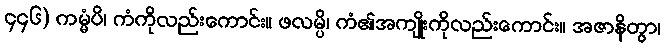
၄၄၆) ကမ္မံပိ၊ ကံကိုလည်းကောင်း။ ဖလမ္ပိ၊ ကံ၏အကျိုးကိုလည်းကောင်း။ အဇာနိတွာ၊